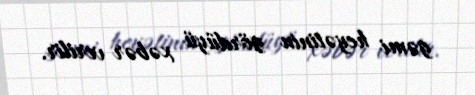
gəmi heyətinin gördüyü xəbər verilir.